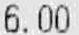
6.00